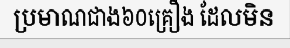
ប្រមាណជាង៦០គ្រឿង ដែលមិន